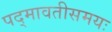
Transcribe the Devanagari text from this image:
पद्मावतीसमयः